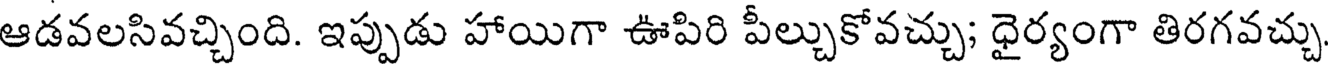
ఆడవలసివచ్చింది. ఇప్పుడు హాయిగా ఊపిరి పీల్చుకోవచ్చు; ధైర్యంగా తిరగవచ్చు